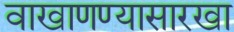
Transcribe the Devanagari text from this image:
वाखाणण्यासारखा